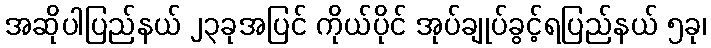
အဆိုပါပြည်နယ် ၂၃ခုအပြင် ကိုယ်ပိုင် အုပ်ချုပ်ခွင့်ရပြည်နယ် ၅ခု၊